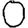
Digit: 0